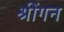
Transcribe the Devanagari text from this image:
श्रींगन